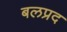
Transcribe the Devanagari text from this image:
बलप्रद